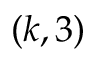
( k , 3 )